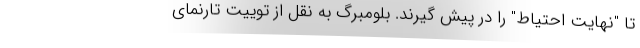
تا "نهایت احتیاط" را در پیش گیرند. بلومبرگ به نقل از توییت تارنمای